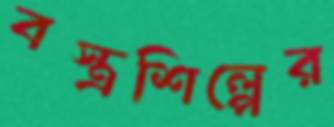
বস্ত্রশিল্পের